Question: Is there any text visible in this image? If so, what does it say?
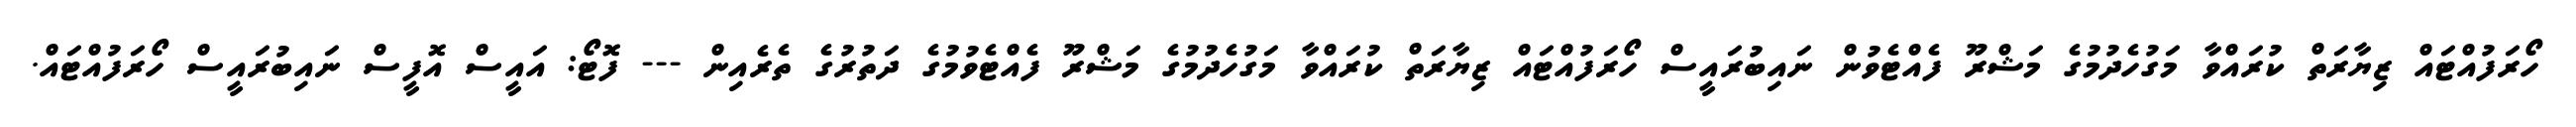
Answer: ހޯރަފުއްޓައް ޒިޔާރަތް ކުރައްވާ މަގުހެދުމުގެ މަޝްރޫ ފެއްޓެވުން ނައިބުރައީސް ހޯރަފުއްޓައް ޒިޔާރަތް ކުރައްވާ މަގުހެދުމުގެ މަޝްރޫ ފެއްޓެވުމުގެ ދަތުރުގެ ތެރެއިން --- ފޮޓޯ: އައީސް އޮފީސް ނައިބުރައީސް ހޯރަފުއްޓައް.